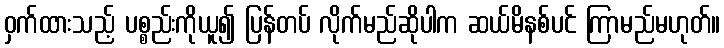
ဝှက်ထားသည့် ပစ္စည်းကိုယူ၍ ပြန်တပ် လိုက်မည်ဆိုပါက ဆယ်မိနစ်ပင် ကြာမည်မဟုတ်။